Report on the working of the Ranchi Indian Mental Hospital, Kanke, in Bihar and Orissa - 1930-1940
Year: 1930
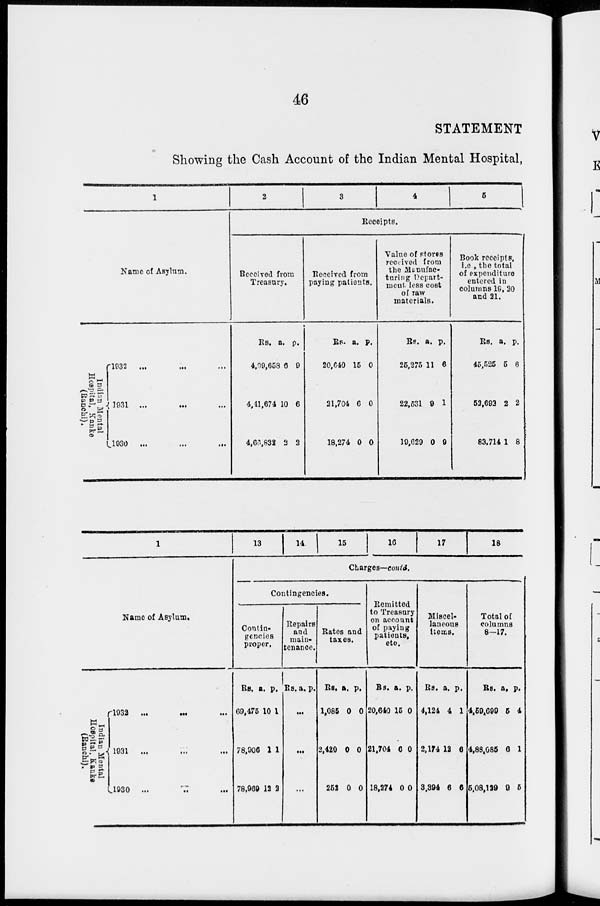
46
STATEMENT
Showing the Cash Account of the Indian Mental Hospital,
1
Name of Asylum.
Indian Mental
Hospital, Kanke
(Ranchi).
1932 ... ... ...
1931 ... ... ...
1930 ... ... ...
2
3
4
5
Receipts.
Received from
Treasury.
Rs.
4,09,658
4,41,674
4,66,832
a.
6
10
2
p.
9
6
2
Received from
paying patients.
Rs.
20,640
21,704
18,274
a.
15
6
0
p.
0
0
0
Value of stores
received from
the Manufac-
turing Depart-
ment less cost
of raw
materials.
Rs.
25,275
22,531
19,629
a.
11
9
0
p.
6
1
9
Book receipts,
i.e., the total
of expenditure
entered in
columns 19, 20
and 21.
Rs.
45,525
52,692
83,714
a.
5
2
1
p.
6
2
8
1
Name of Asylum.
Indian Mental
Hospital, Kanke
(Ranchi).
1932 ...
... ...
1931
...
...
...
1930
...
...
...
13
14
15
16
17
18
Charges—contd.
Contingencies.
Contin-
gencies
proper.
Rs.
69,475
78,906
78,969
a.
10
1
12
p.
1
1
2
Repairs
and
main-
tenance.
Rs. a. p.
...
...
...
Rates and
taxes.
Rs.
1,085
2,420
252
a.
0
0
0
p.
0
0
0
Remitted
to Treasury
on account
of paying
patients,
etc.
Rs.
20,640
21,704
18,274
a.
15
6
0
p.
0
0
0
Miscel-
laneous
items.
Rs.
4,124
2,174
3,394
a.
4
12
6
p.
1
6
6
Total of
columns
8—17.
Rs.
4,59,699
4,88,085
5,08,129
a.
5
6
9
p.
4
1
5